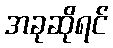
အခုဆိုရင်